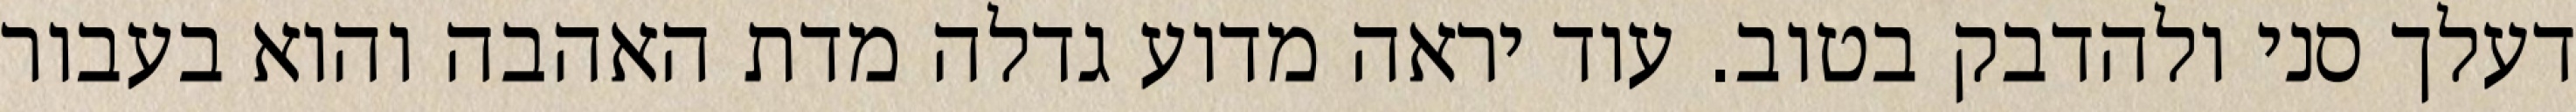
דעלך סני ולהדבק בטוב. עוד יראה מדוע גדלה מדת האהבה והוא בעבור